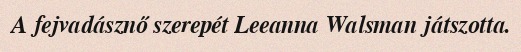
A fejvadásznő szerepét Leeanna Walsman játszotta.